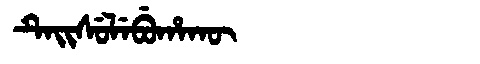
Manchu: ᡨᡝᡳᠰᡠᠯᡝᠪᡠᡥᠠᡴᡡ
Romanization: TEISULEBUHAKŪ